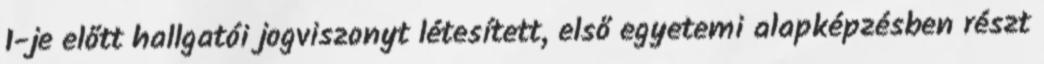
1-je előtt hallgatói jogviszonyt létesített, első egyetemi alapképzésben részt